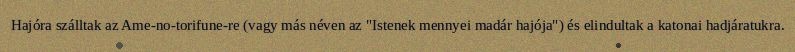
Hajóra szálltak az Ame-no-torifune-re (vagy más néven az "Istenek mennyei madár hajója") és elindultak a katonai hadjáratukra.